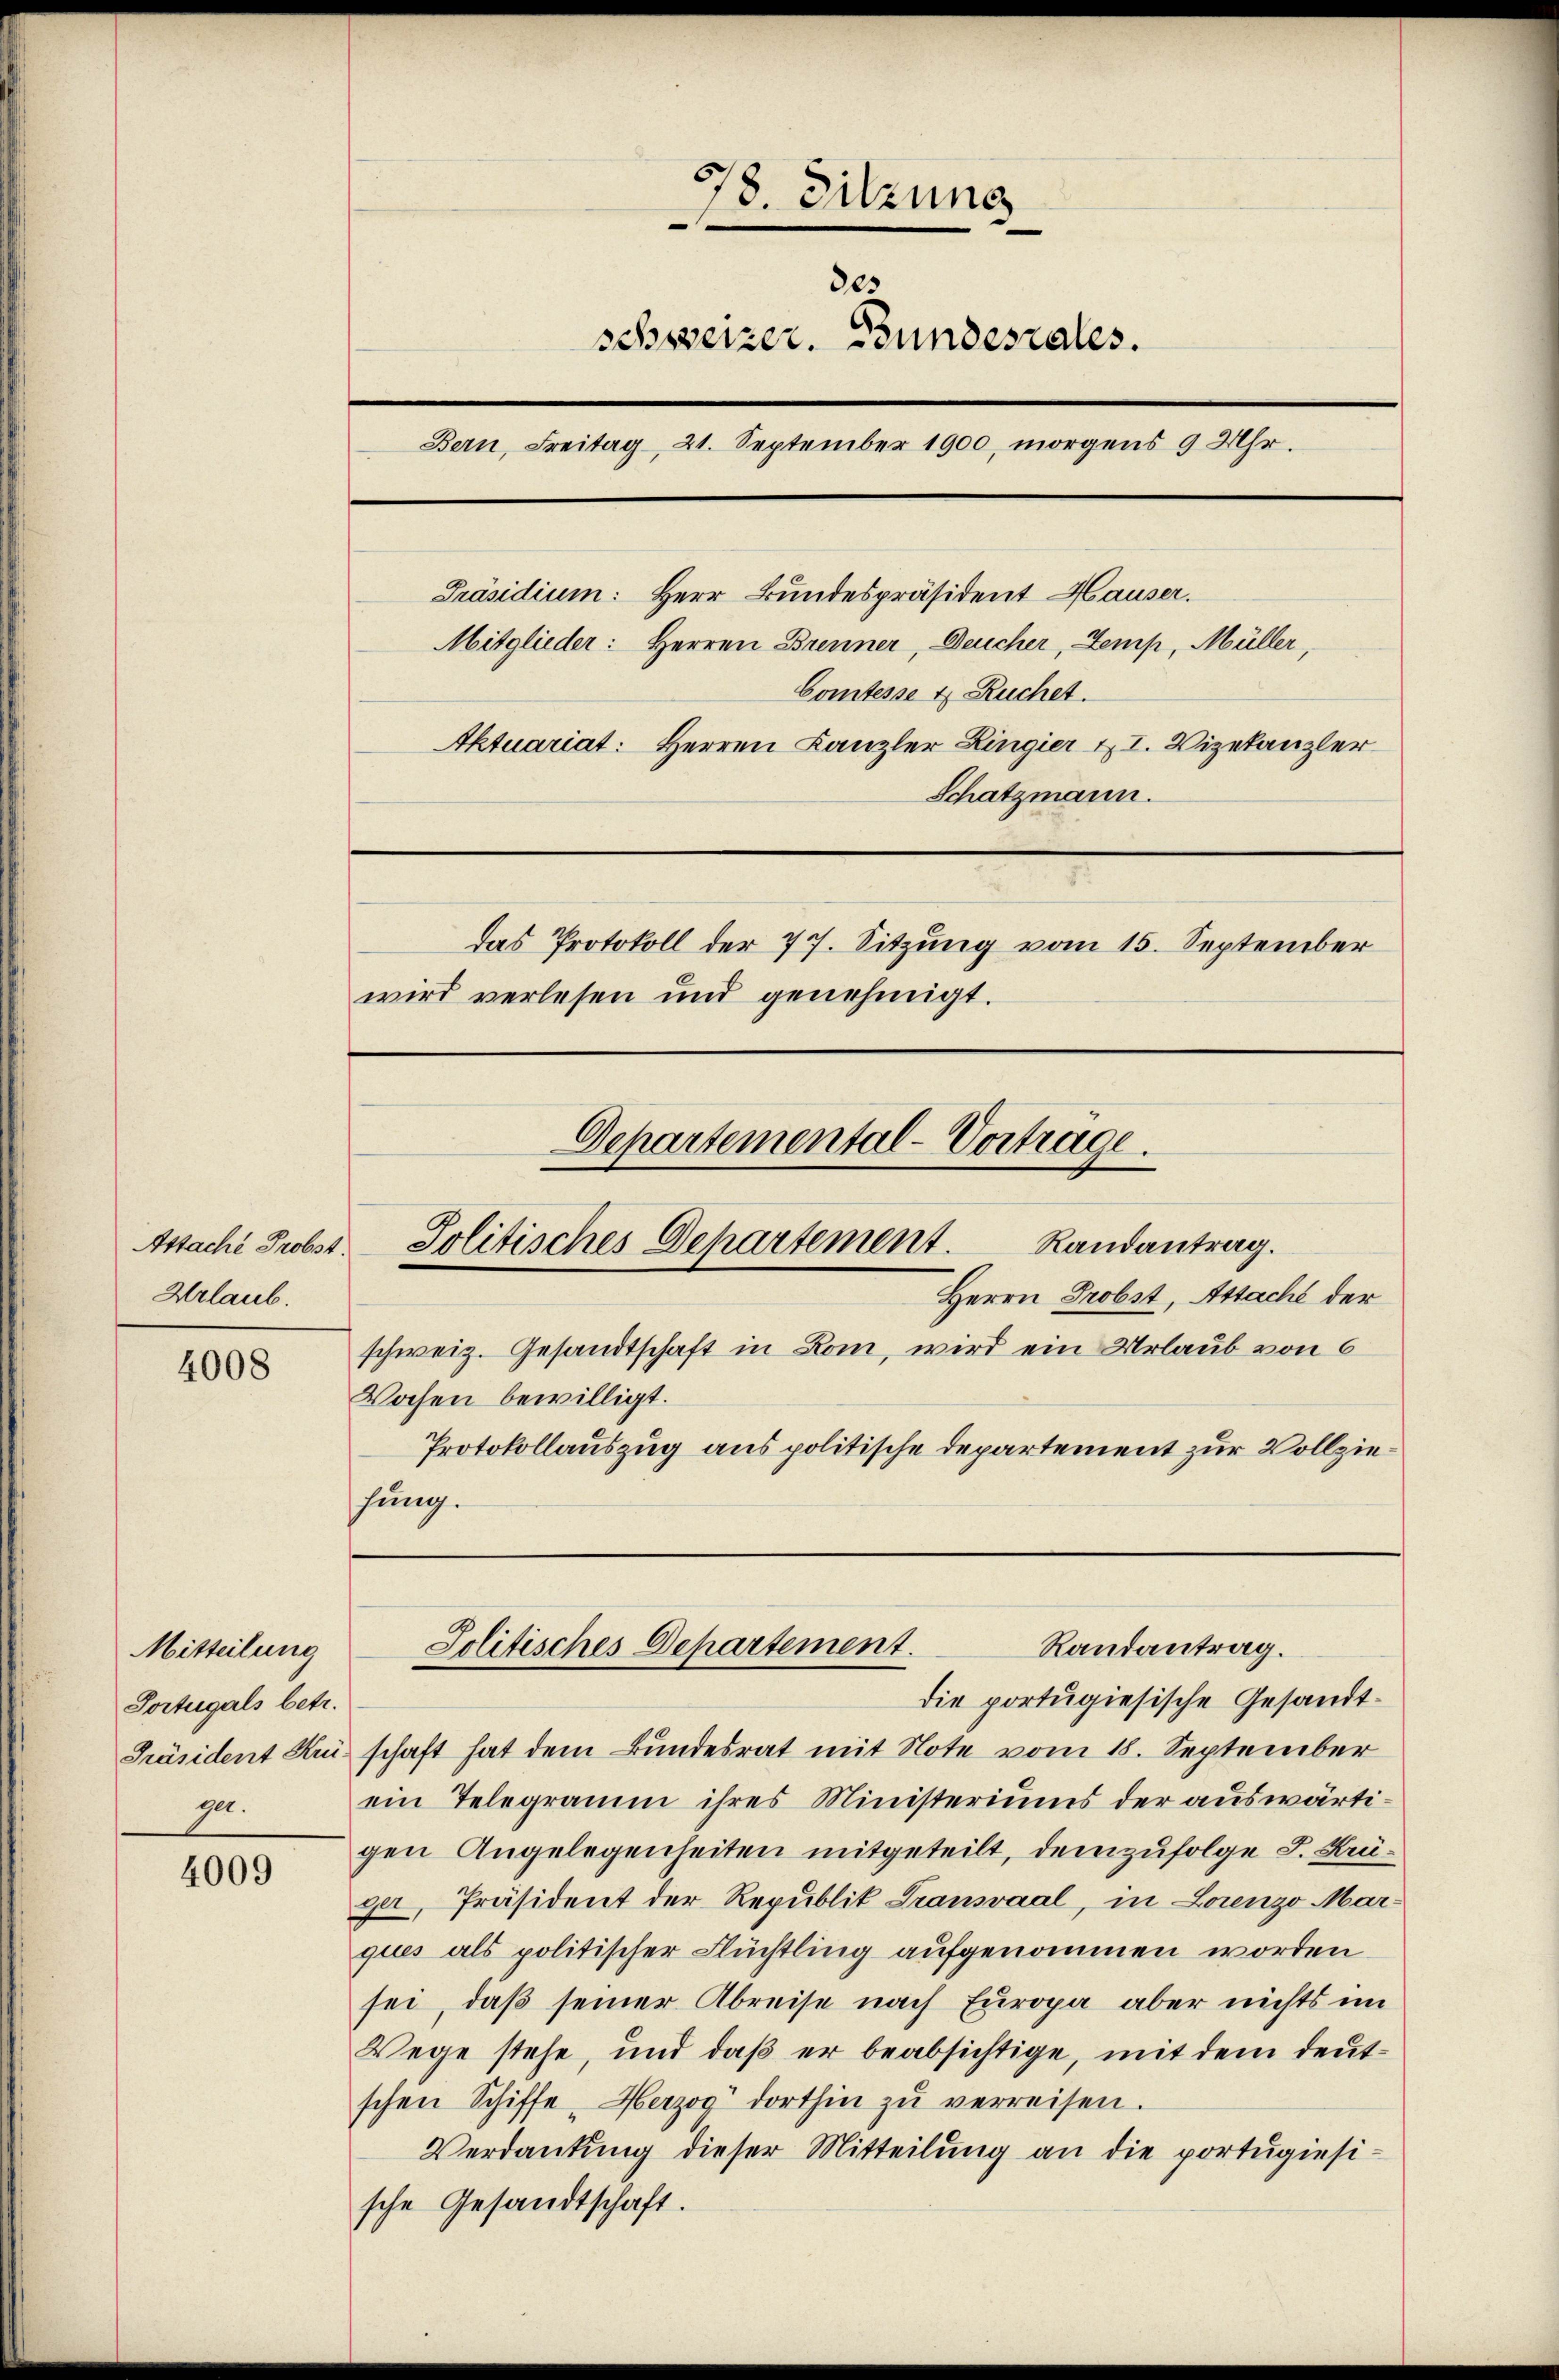
Astaché Probst.
Urlaub.

4008

Mitteilung
Portugals betr.

4009

78. Sitzung
des
schweizer. Bundesrates.
Bern, Freitag 21. September 1900, morgens 9 Uhr.
Präsidium: Herr Bundespräsident Hauser.
Mitglieder: Herren Brenner, Deucher, Zemp, Müller,
Comtesse u. Ruchet.
Aktuariat: Herren Kanzler Ringier XI. Vizekanzler
Schatzmann.
das Protokoll der 77. Sitzung vom 15. September
wird verlesen und genehmigt.

Protokollauszug aus politische Departement zur Vollziehung.

Jolitisches Departement.
Randantrag.
Herrn Probst, Assache der
schweiz. Gesandtschaft in Rom, wird ein Urlaub von 6
Wochen bewilligt.

Departemental-Vorträge.

Randantrag.
Solitisches Departement.

die portugiesische Gesandt¬
Präsident Kr schaft hat dem Bundesrat mit Note vom 18. September
r. ein Telegramm ihres Ministeriums der auswärtigen Angelegenheiten mitgeteilt, demzufolge S. Krüger, Präsident der Republik Transvaal, in Lorenzo Marques als politischer Flüchtling aufgenommen worden
sei, daß seiner Abreise nach Europa aber nichts im
Wege stehe, und daß er beabsichtige, mit dem deutschen Schiffe, Herzog dorthin zŭ verreisen.
Verdankung dieser Mitteilung an die portugiesische Gesandtschaft.